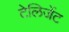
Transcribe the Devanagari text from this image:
टेलिजेंट